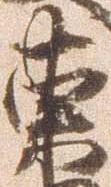
東